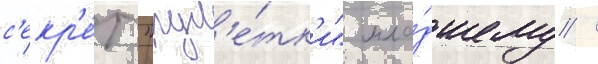
с'екр'е́т "рул'е́тк'и" мла́дшему /